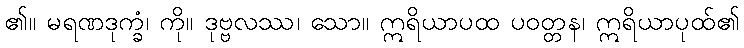
၏။ မရဏဒုက္ခံ၊ ကို။ ဒုဗ္ဗလဿ၊ သော။ ဣရိယာပထ ပဝတ္တန၊ ဣရိယာပုထ်၏